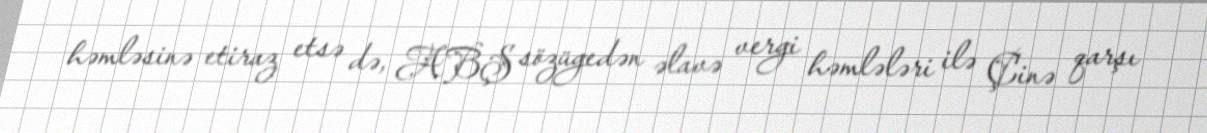
həmləsinə etiraz etsə də, ABŞ sözügedən əlavə vergi həmlələri ilə Çinə qarşı